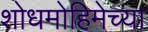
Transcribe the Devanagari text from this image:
शोधमोहिमेच्या